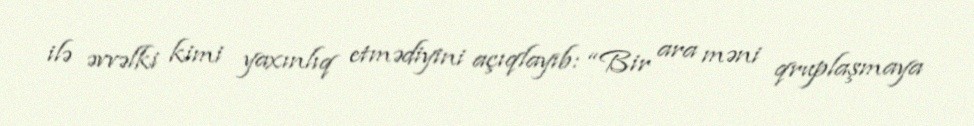
ilə əvvəlki kimi yaxınlıq etmədiyini açıqlayıb: “Bir ara məni qruplaşmaya